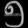
Digit: ၅